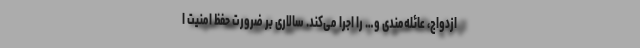
ازدواج، عائله‌مندی و… را اجرا می‌کند. سالاری بر ضرورت حفظ امنیت ا